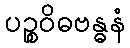
ပဉ္စဝိဓဗန္ဓနံ